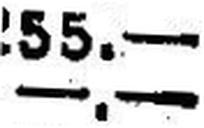
—.—